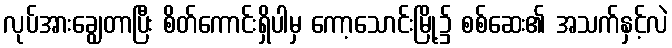
လုပ်အားချွေတာပြီး စိတ်ကောင်းရှိပါမှ ကော့သောင်းမြို့၌ စစ်ဆေး၏ အသက်နှင့်လဲ